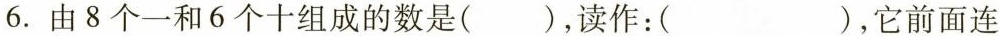
⒍. 由8个一和6个十组成的数是( )，读作：( )，它前面连